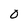
Character: 0